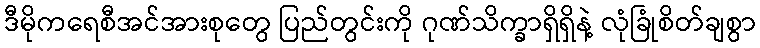
ဒီမိုကရေစီအင်အားစုတွေ ပြည်တွင်းကို ဂုဏ်သိက္ခာရှိရှိနဲ့ လုံခြုံစိတ်ချစွာ